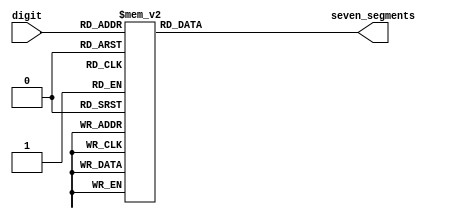
module sm_hex_display
(
    input      [3:0] digit,
    output reg [6:0] seven_segments
);

    always @*
        case (digit)
        'h0: seven_segments = 'b0111111;  // a b c d e f g
        'h1: seven_segments = 'b0000110;  // 1111001;
        'h2: seven_segments = 'b1011011;  //   --a--
        'h3: seven_segments = 'b1001111;  //  |     |
        'h4: seven_segments = 'b1100110;  //  f     b
        'h5: seven_segments = 'b1101101;  //  |     |
        'h6: seven_segments = 'b1111101;  //   --g--
        'h7: seven_segments = 'b0000111;  //  |     |
        'h8: seven_segments = 'b1111111;  //  e     c
        'h9: seven_segments = 'b1100111;  //  |     |
        'ha: seven_segments = 'b1110111;  //   --d-- 
        'hb: seven_segments = 'b1111100;  // 0000011;
        'hc: seven_segments = 'b0111001;  // 1000110;
        'hd: seven_segments = 'b1011110;  // 0100001;
        'he: seven_segments = 'b1111001;  // 0000110;
        'hf: seven_segments = 'b1110001;  // 0001110;
        endcase

endmodule